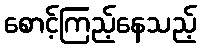
စောင့်ကြည့်နေသည့်